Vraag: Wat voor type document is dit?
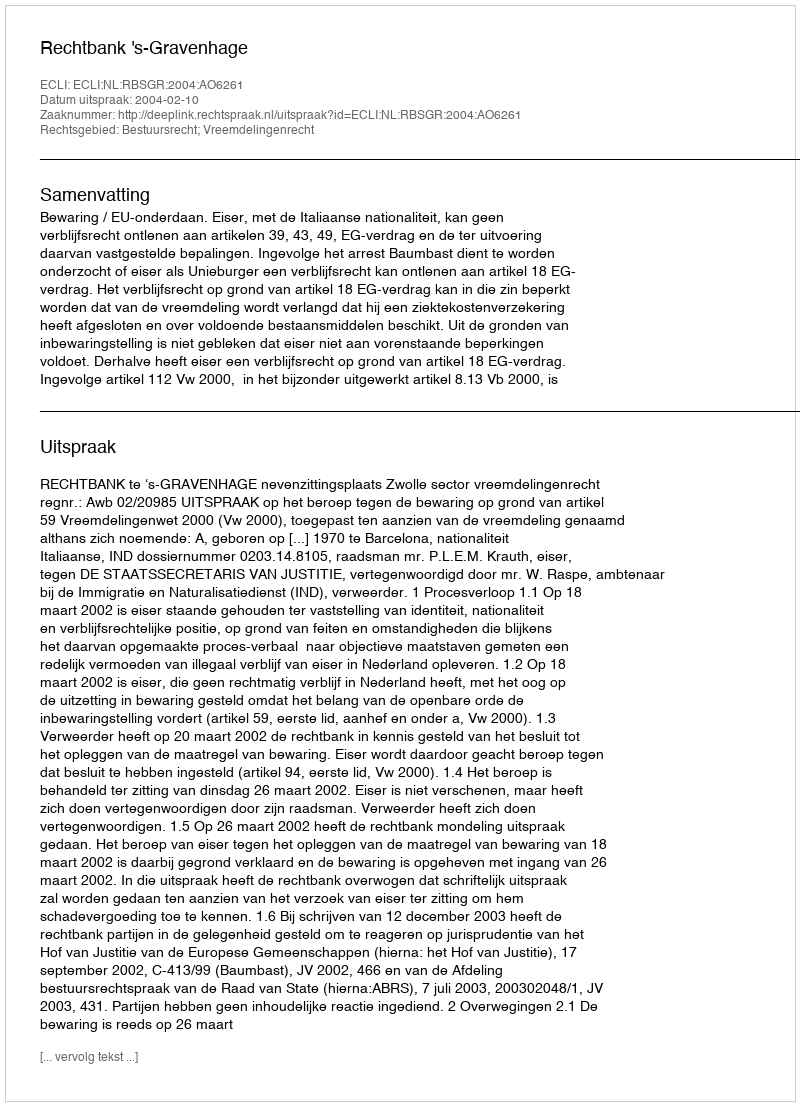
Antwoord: Uitspraak